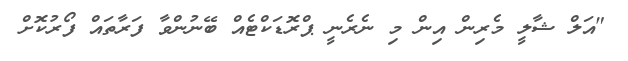
"އަލް ޝާލީ މެރިން އިން މި ނެރެނީ ޕްރޮޑަކްޓެއް ބޭނުންވާ ފަރާތައް ފޯރުކޮށް